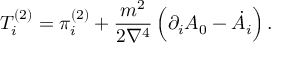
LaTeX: T _ { i } ^ { ( 2 ) } = \pi _ { i } ^ { ( 2 ) } + \frac { m ^ { 2 } } { 2 \nabla ^ { 4 } } \, \Bigl ( \partial _ { i } A _ { 0 } - \dot { A } _ { i } \Bigr ) \, .